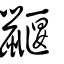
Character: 鼴